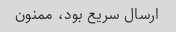
ارسال سریع بود، ممنون